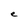
Character: e